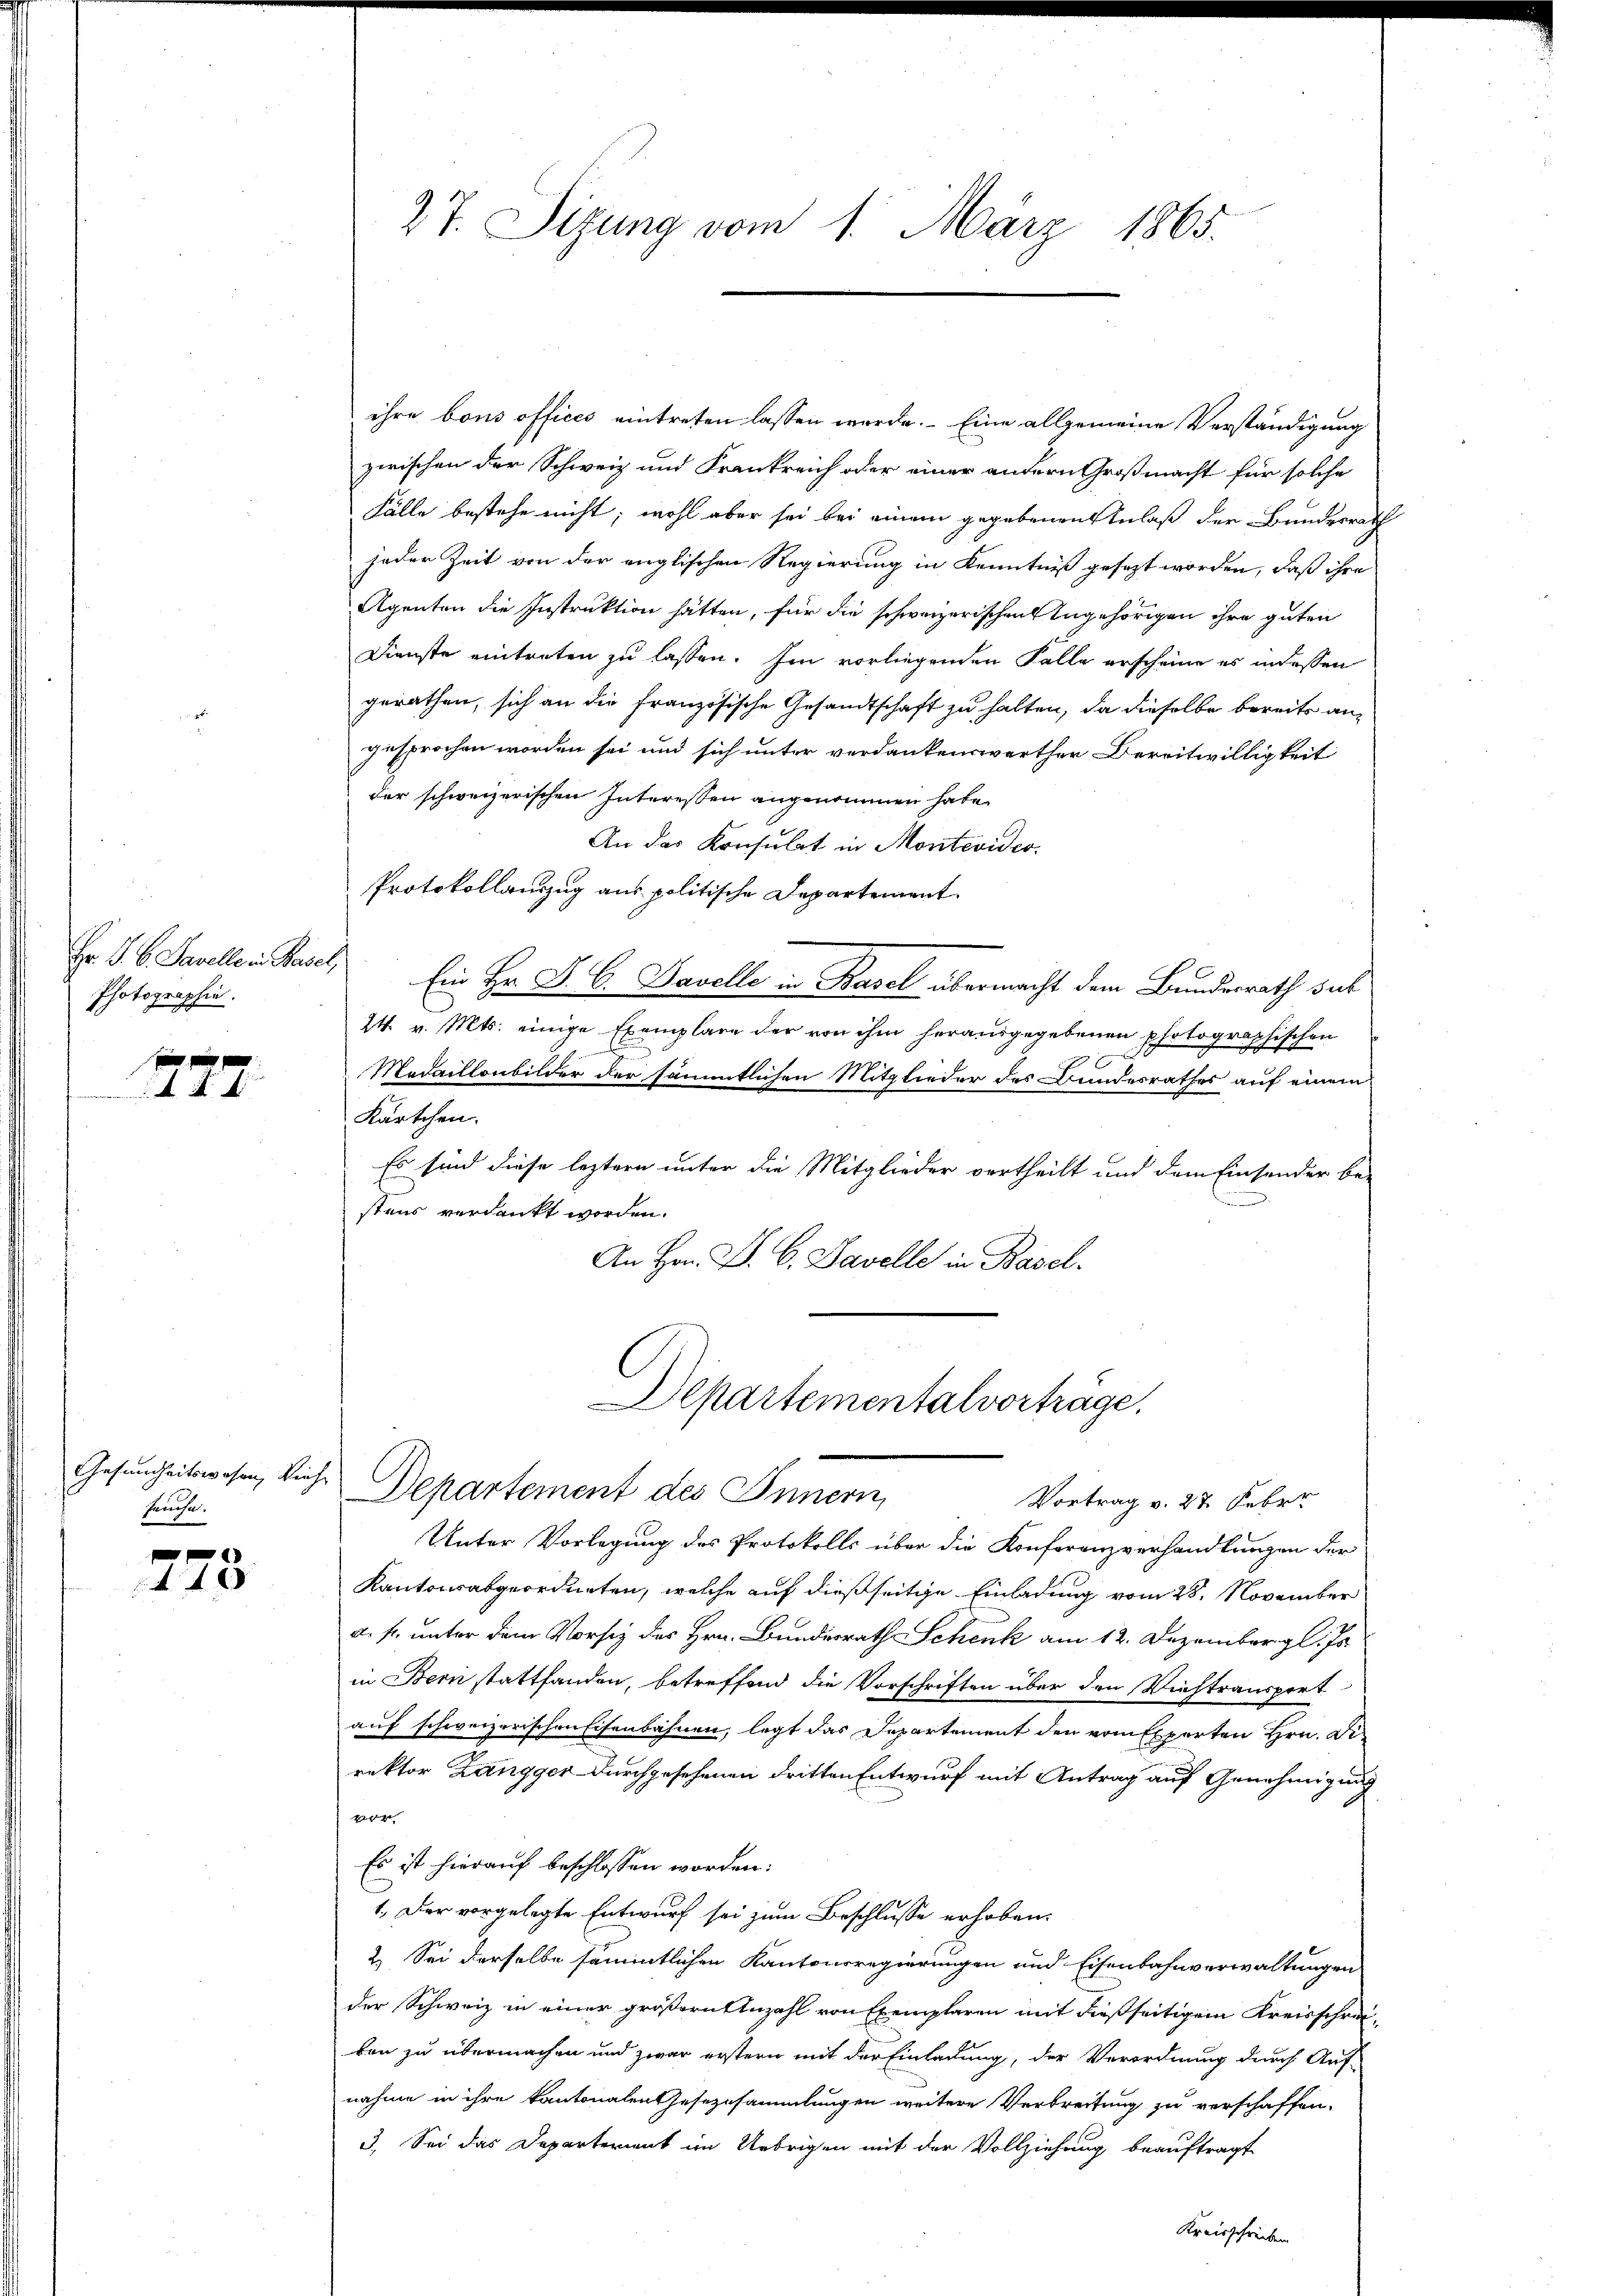
Hr. P. C. Savellein Basel,
Photographie.

seuse.

44

ihre bons offices eintreten lassen werde. Eine allgemeine Verständigung
zwischen der Schweiz und Frankreich oder einer andern Großmacht für solche
Fälle bestehe nicht; wohl aber sei bei einem gegebenen Anlaß der Bundesrath
jeder Zeit von der englischen Regierung in Kenntniß gesezt worden, daß ihre
Agenten die Instruktion hätten, für die schweizerischen Angehörigen ihre guten
Dienste eintreten zu lassen. Im vorliegenden Falle erscheine es in dessen
gerathen, sich an die französische Gesandtschaft zu halten, da dieselbe bereits angesprochen worden sei und sich unter verdankenswerther Bereitwilligkeit
der schweizerischen Interessen angenommen habe.
An das Konsulat in Montevideo
Protokollauszug aus politische Departement
Ein Hr. D. C. Savolle in Basel übermacht dem Bundesrath sub
24. v. Mts. einige Exemplare der von ihm herausgegebenen photographischen
.
Modaillonbilder der sämmtlichen Mitglieder des Bundesrathes auf einem
Kärtchen.
Es sind diese leztern unter die Mitglieder vertheilt und dem Einsender be-
stens verdankt worden.
An Hrn. P. C. Davelle in Basel.

27. Sizung vom 1. März 1865.

Gesundheitswesen, Viehe Departement des Innern,

Departementalvortrage.
Vortrag v. 27. Febr.

Unter Vorlegung des Protokolls über die Konferenzverhandlungen der
Kantonsabgeordneten, welche auf dießseitige Einladung vom 28. November
d. fr. unter dem Vorsiz des Hrn. Bundesrath Schenk am 12. Dezembergl. Js.
in Bern stattfanden, betreffend die Vorschriften über den Viehtransport
auf schweizerischen Eisenbahnen, legt das Departement den vom Experten Hrn. Di
rektor Zangger durchgesehenen dritten Entwurf mit Antrag auf Genehmigung
vor
Es ist hierauf beschlossen worden:
1. Der vorgelegte Entwurf sei zum Beschlusse erhoben.
2.) Sei derselbe sämmtlichen Kantonsregierungen und Eisenbahnverwaltungen
der Schweiz in einer größern Anzahl von Exemplaren mit dießseitigem Kreisschreivon zu übermachen und zwar erstern mit der Einladung, der Verordnung durch Auf-
nahme in ihre kantonalen Gesezesammlungen weitere Verbreitung zu verschaffen.
3. Sei das Departerient im Uebrigen mit der Vollziehung beauftragt
Kreisschreiben